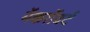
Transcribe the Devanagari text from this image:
मॅकरॉबर्ट